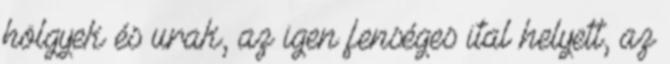
hölgyek és urak, az igen fenséges ital helyett, az